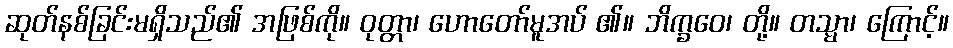
ဆုတ်နစ်ခြင်းမရှိသည်၏ အဖြစ်ကို။ ဝုတ္တာ၊ ဟောတော်မူအပ် ၏။ ဘိက္ခဝေ၊ တို့။ တသ္မာ၊ ကြောင့်။